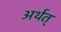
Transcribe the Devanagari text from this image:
अर्थत्